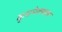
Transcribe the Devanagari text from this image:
कुशमेलबहल